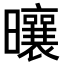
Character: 𪱒